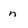
Character: n